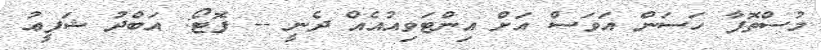
މުސްތޮފާ ހަސަން އަވަސް އަށް އިންޓަވިއުއެއް ދެނީ -- ފޮޓޯ: އަބްދު ޝަފީޢު